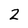
Character: 2